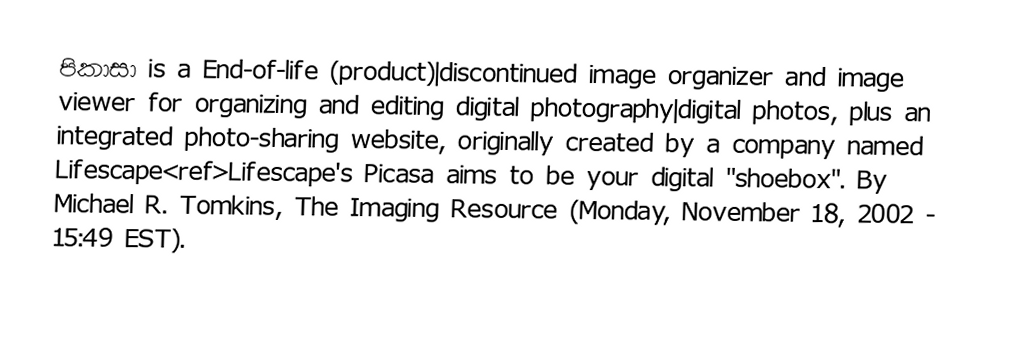
පිකාසා is a End-of-life (product)|discontinued image organizer and image viewer for organizing and editing digital photography|digital photos, plus an integrated photo-sharing website, originally created by a company named Lifescape<ref>Lifescape's Picasa aims to be your digital "shoebox". By Michael R. Tomkins, The Imaging Resource (Monday, November 18, 2002 - 15:49 EST).